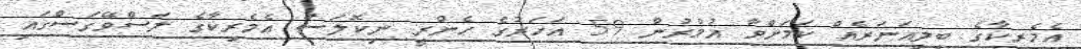
އެމެރިކާގެ ބިލިއަނަރެއް ކަމަށްވާ އުމުރުން 59 އަހަރުގެ ހެންރީ ނިކޮލަސް އެމެރިކާގެ ލަސްވޭގަސްގައި